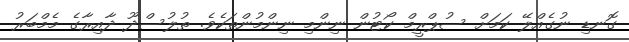
ގޮނޑި ނުގެއްލޭ ކަމަށް ސުޕްރީމް ކޯޓުން ނިންމި ނިންމުންތަކެވެ. ތުލުސްދޫ ދާއިރާގެ މެމްބަރު